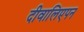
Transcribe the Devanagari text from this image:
दीवालिएपन